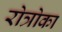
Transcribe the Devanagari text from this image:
रोत्रोका